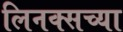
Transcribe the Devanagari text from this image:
लिनक्सच्या